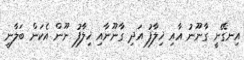
އިނގޭނީ ގާނޫނު އާއި ޚިލާފު އަދި ގާނޫނާއި ޚިލާފު ނޫން އެކަން ބަލާނީ